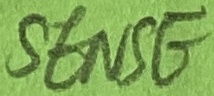
Text: SENSE